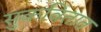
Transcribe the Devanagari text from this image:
सुकवितात